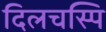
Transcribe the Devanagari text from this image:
दिलचस्पि